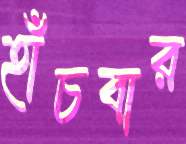
হাঁচবার